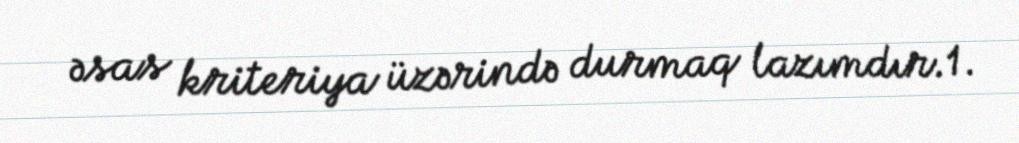
əsas kriteriya üzərində durmaq lazımdır.1.